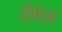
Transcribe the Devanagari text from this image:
सैवेज़